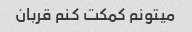
میتونم کمکت کنم قربان